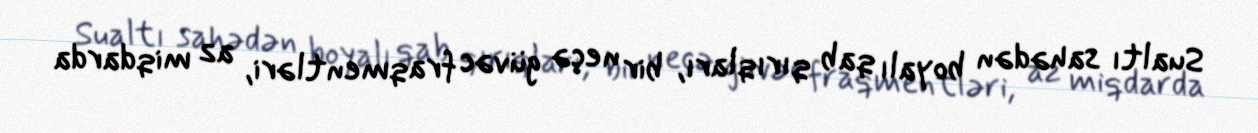
Sualtı sahədən boyalı qab qırıqları, bir neçə güvəc fraqmentləri, az miqdarda